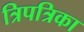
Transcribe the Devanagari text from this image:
त्रिपत्रिका